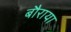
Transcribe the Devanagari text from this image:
बौराया